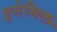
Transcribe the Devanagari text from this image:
इनेमिल